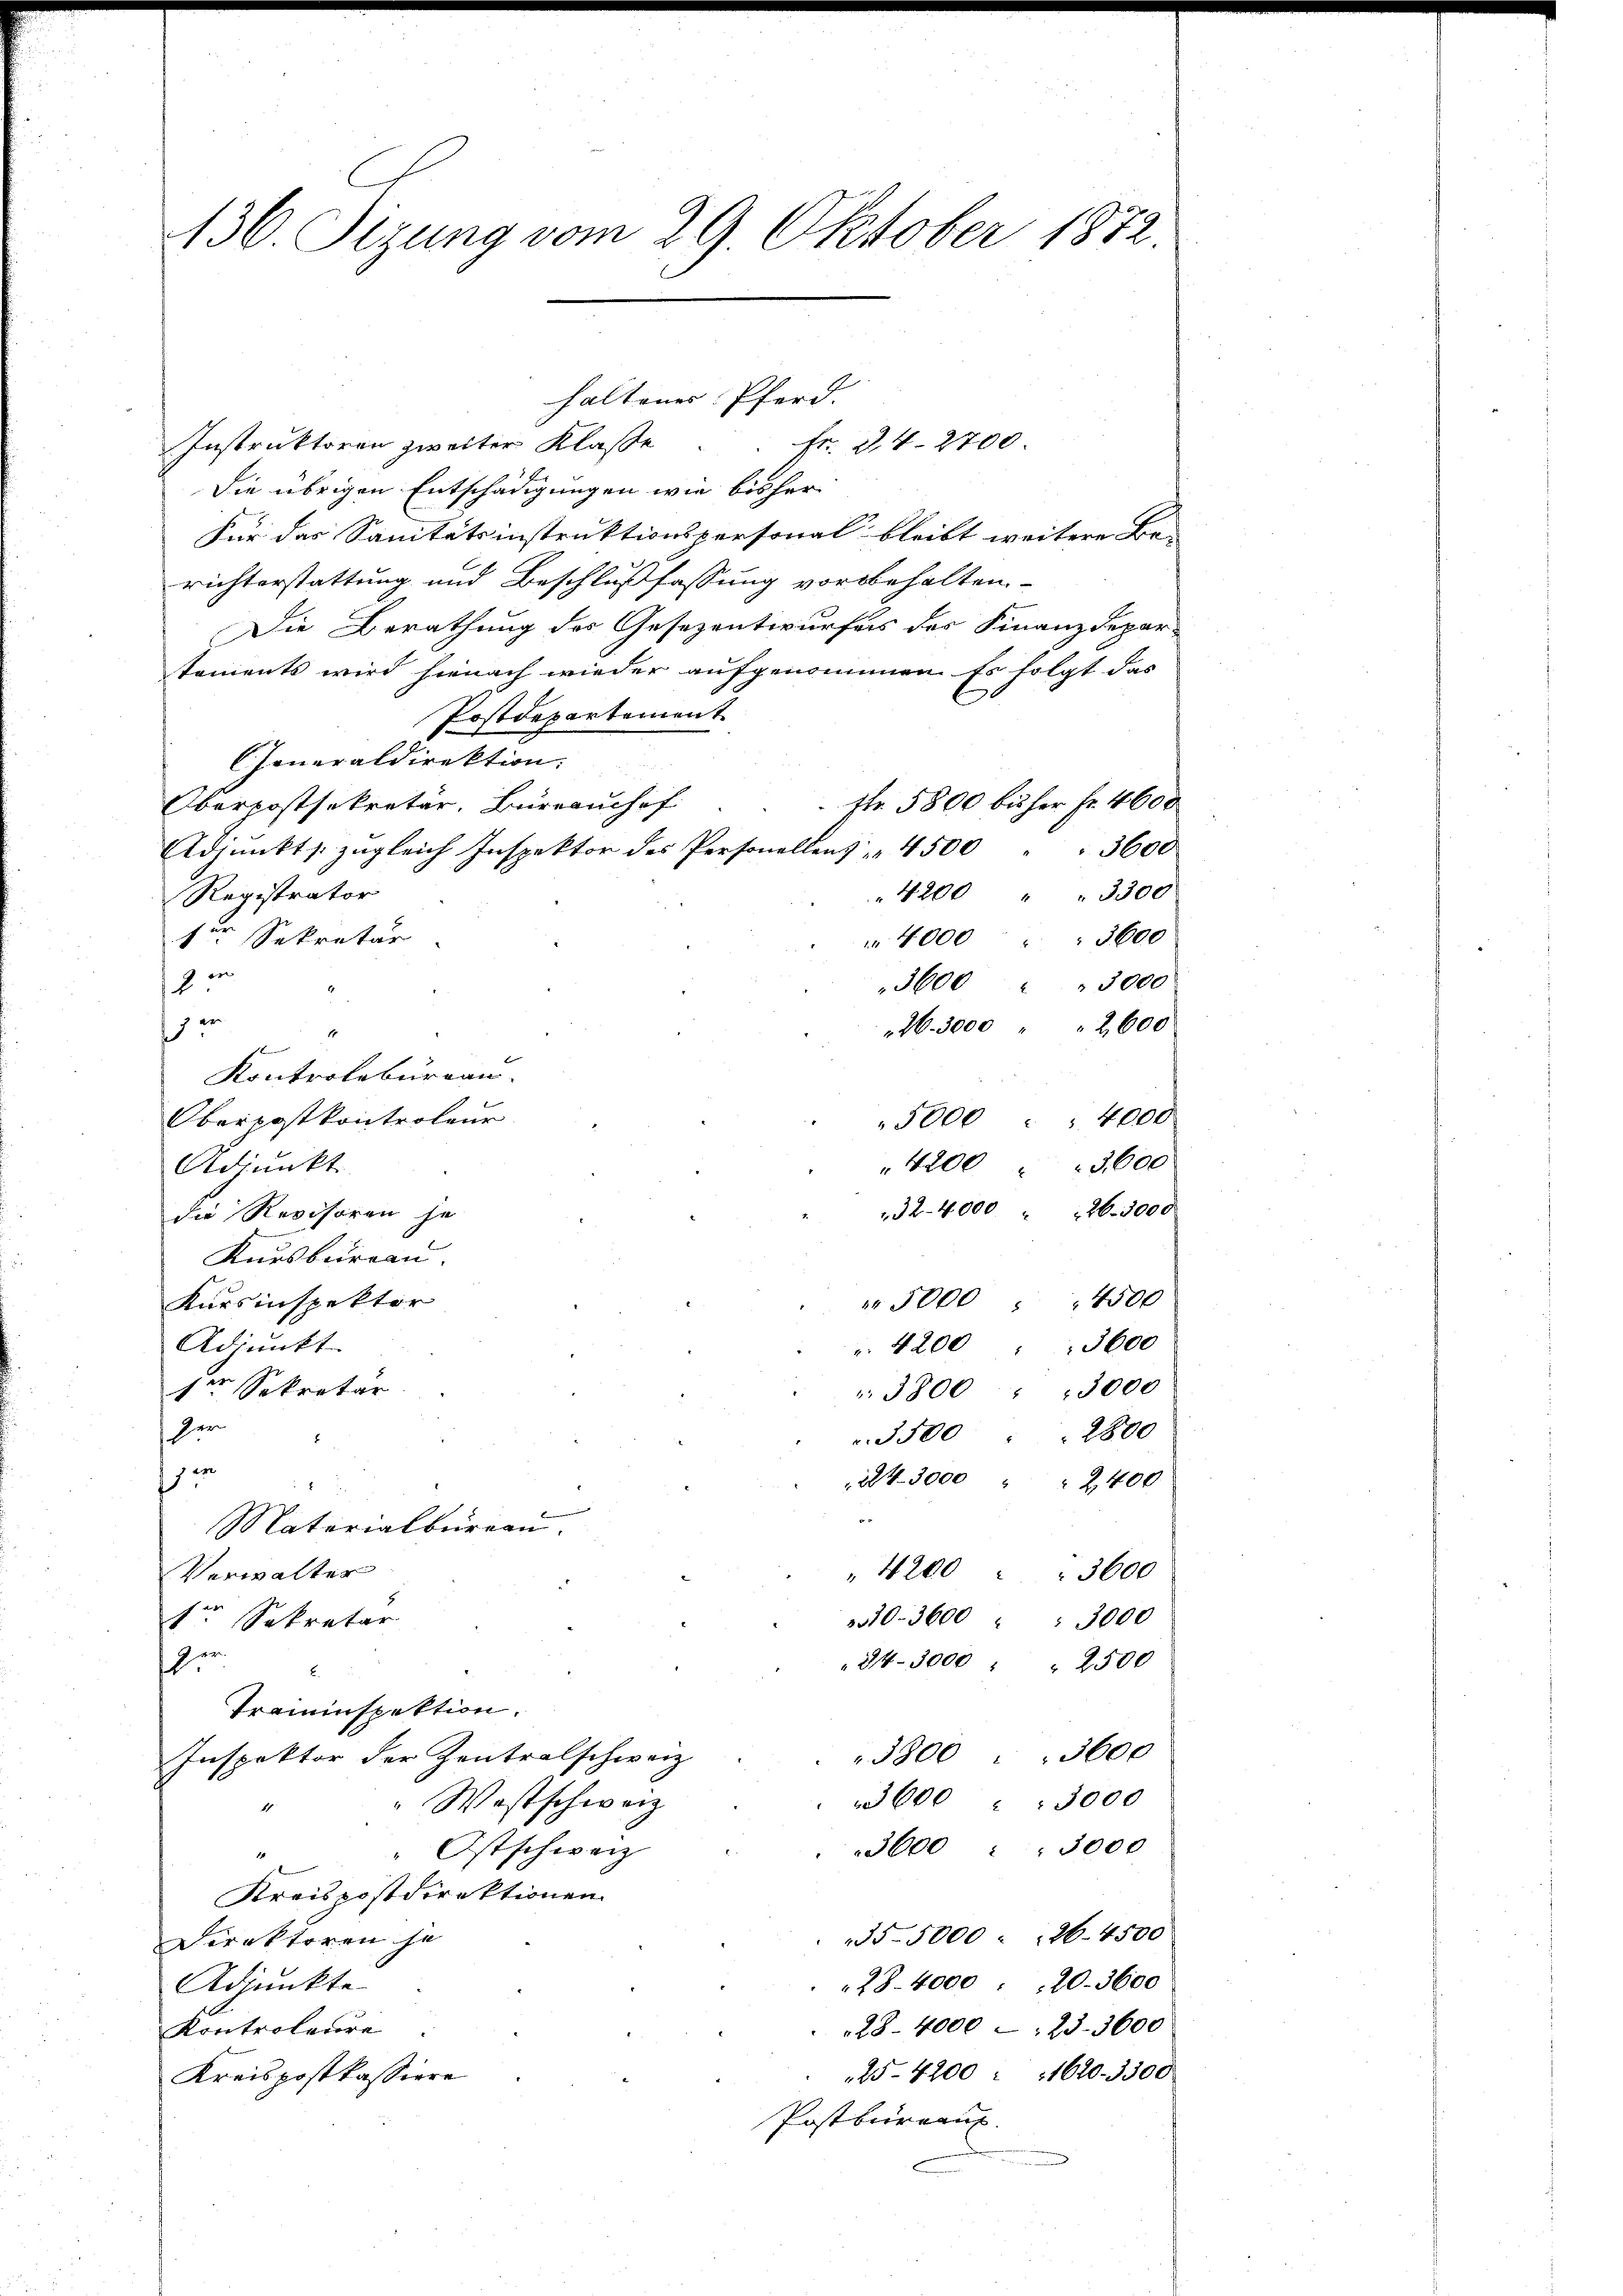
136. Sizung vom 29. Oktober 1872.

Instruktoren zweiter Klasse . . fr. 24. 2700.
Die übrigen Entschädigungen wie bisher
Für das Sanitätsinstruktionspersonal bleibt weitere Be-
richterstattung und Beschlußfassung vorbehalten
Die Berathung des Gesezentwurfes der Finanzdepar-
toments wird hienach wieder aufgenommen. Es folgt das
Postdepartement
CJeneraldirektion.
Etr 5800 bisher fr. 4600
Oberpostsekretär, Büreauchof
Adjunkts zugleich Inspektor des Personellens 4500
3600
4200 " " 3300
Registrator
1er Sekretär
 4000 " " 3600
2
3600 " " 3000
46. 3000 " " 2600
e
1
s
Kontrolbureau.
Oberpostkontroleur
5000 " " 4000
4200 " 3600
Adjunkt
32-4000 " 126. 3000
die Revisoren je
Kursbureau.
 5000 " " 4500
Kursinspektor
Adjunkt
 4200 " " 3600
1ten Sekretär
 3800 " 3000
Her
3500 " " 2800
e
243000 " " 2400

e
Materialbüreau
Verwalter
" 4200 " " 3600
2310-3600 " " 3000
1te Sekretär
hen
24- 3000 " " 2500
B.
Traminspektion.
3600
Inspektor der Zentralschweiz
5800
E
3600 " " 3000
"Westschwerz
3600 " " 3000
Ostschweiz
Kreispostdirektionen
35—5000 : 26. 4500
Direktoren je
28. 4000 : 20. 3600
Adjunkte
28- 4000 : 23. 3600
Kontroleure
25-4200 : 1620. 3300
Kreispostkassiere
Postbureau

haltenes Pferd. |